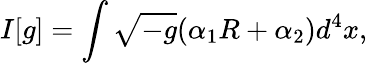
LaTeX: I[g]=\int\sqrt{-g}(\alpha_{1}R+\alpha_{2})d^{4}x,